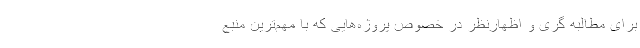
برای مطالبه گری و اظهارنظر در خصوص پروژه‌هایی که با مهم‌ترین منبع